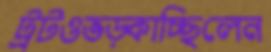
ট্রটওভড়্‌কাচ্ছিলেন